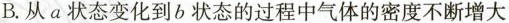
B.从a状态变化到b状态的过程中气体的密度不断增大